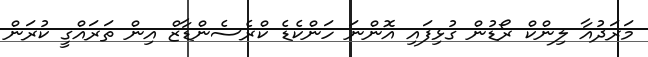
މަރަދުއާ ލިންކް ރޯޑުން ގުޅިފައި އޮންނަ ހަންކެޑެ ކްރެސެންޑާޒް އިން ތަރައްގީ ކުރަން